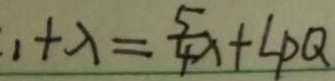
1 + \lambda = \frac { 5 } { 4 } \lambda + L P Q